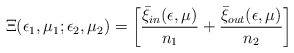
\begin{align*}\Xi(\epsilon_1,\mu_1;\epsilon_2,\mu_2) =\left[ {\bar\xi_{\small in}(\epsilon,\mu)\over n_1} + {\bar\xi_{\small out}(\epsilon,\mu)\over n_2}\right]\end{align*}